Report of the Hyderabad Chloroform Commission
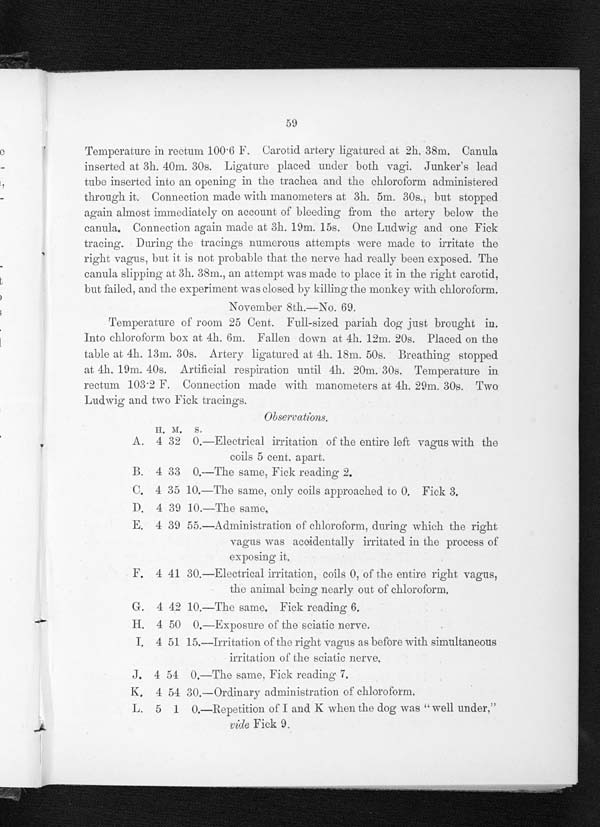
59
Temperature in rectum 100 . 6 F. Carotid artery ligatured at 2h. 38m. Canula
inserted at 3h. 40m. 30s. Ligature placed under both vagi. Junker's lead
tube inserted into an opening in the trachea and the chloroform administered
through it. Connection made with manometers at 3h. 5m. 30s., but stopped.
again almost immediately on account of bleeding from the artery below the
canula. Connection again made at 3h. 19m. 15s. One Ludwig' and one Fick
tracing. During the tracings numerous attempts were made to irritate the
right vagus, but it is not probable that the nerve had really been exposed. The
canula slipping at 3h. 38m., an attempt was made to place it in the right carotid,
but failed, and the experiment was closed by killing the monkey with chloroform.
November 8th.—No. 69.
Temperature of room 25 Cent. Full-sized pariah dog just brought in.
Into chloroform box at 4h. 6m. Fallen down at 4h. 12m. 20s. Placed on the
table at 4h. 13m. 30s. Artery ligatured at. 4h. 18m. 50s. Breathing stopped
at 4h. 19m. 40s. Artificial respiration until 4h. 20m. 30s. Temperature in
rectum 103.2 F. Connection made with manometers at. 4h. 29m. 30s. TWO
Ludwig and two Fick tracings.
Observations .
I I . M . S ,
A. 4 32 0.—Electrical irritation of the entire left vagus with the
coils 5 cent. apart.
B. 4 33 0. —The same. Fi ck r eadi ng 2.
C. 4 35 10.—The same, only coils approached to 0. Fick 3.
P. 4 39 10.—The same,
E. 4 39 55.—Administration of chloroform, during which the right
v a g u s
w a s a c c i d e n t a l l y i r r i t a t e d i n t h e p r o c e s s o f
exposing it.
F. 4 41 30.—Electrical irritation, coils 0, of the entire right vagus,
the animal being nearly out of chloroform.
G. 4 42 10.—The same. Fick reading 6.
H 4 50 0.—Exposure of the sciatic nerve.
4 51 15.—Irritation of the right vagus as before with simultaneous
irritation of the sciatic nerve.
J. 4 54 0.—The same. Fick reading 7.
K, 4 54 30.—Ordinary administration of chloroform.
L. 5 1 0.—Repetition of I and K when the dog was " well under,"
vide Fick 9.